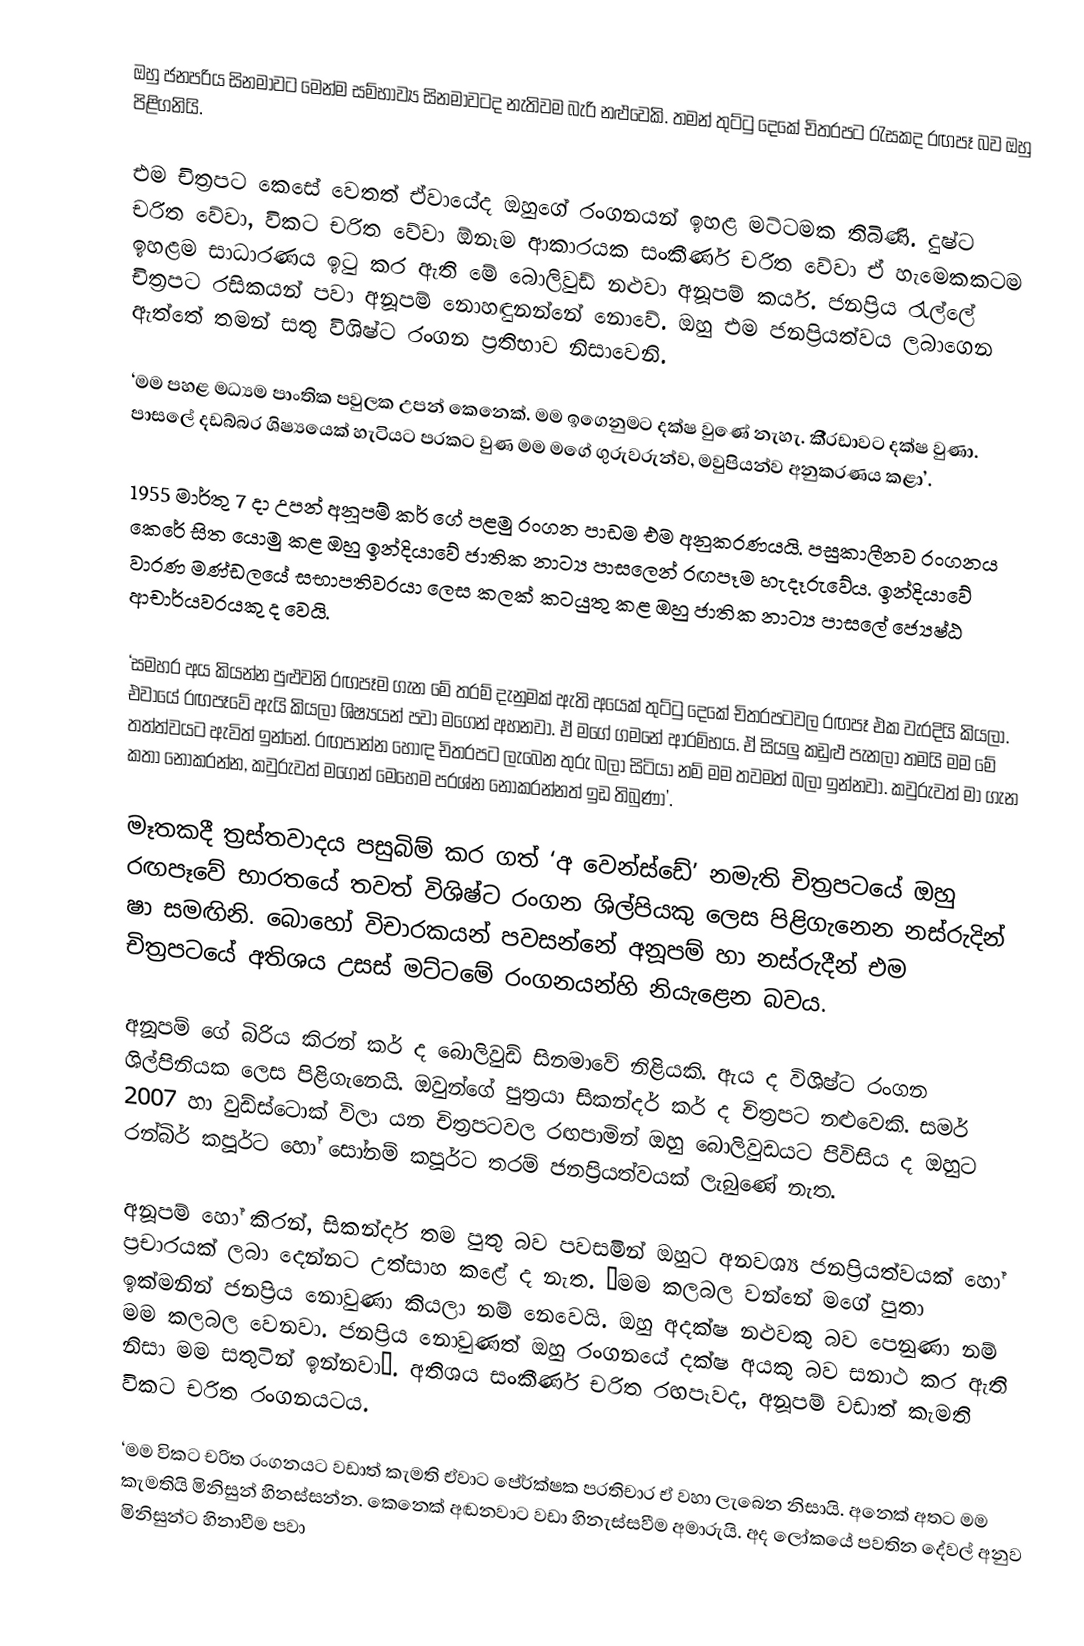
ඔහු ජනප‍්‍රිය සිනමාවට මෙන්ම සම්භාව්‍ය සිනමාවටද නැතිවම බැරි නළුවෙකි. තමන් තුට්ටු දෙකේ චිත‍්‍රපට රැසකද රඟපෑ බව ඔහු පිළිගනියි.

එම චිත‍්‍රපට කෙසේ වෙතත් ඒවායේද ඔහුගේ රංගනයන් ඉහළ මට්ටමක තිබිණි. දුෂ්ට චරිත වේවා, විකට චරිත වේවා ඕනෑම ආකාරයක සංකීර්ණ චරිත වේවා ඒ හැමෙකකටම ඉහළම සාධාරණය ඉටු කර ඇති මේ බොලිවුඩ් නළුවා අනූපම් කර්ය. ජනප‍්‍රිය රැල්ලේ චිත‍්‍රපට රසිකයන් පවා අනූපම් නොහඳුනන්නේ නොවේ. ඔහු එම ජනප‍්‍රියත්වය ලබාගෙන ඇත්තේ තමන් සතු විශිෂ්ට රංගන ප‍්‍රතිභාව නිසාවෙනි.

‘මම පහළ මධ්‍යම පාංතික පවුලක උපන් කෙනෙක්. මම ඉගෙනුමට දක්ෂ වුණේ නැහැ. කී‍්‍රඩාවට දක්ෂ වුණා. පාසලේ දඩබ්බර ශිෂ්‍යයෙක් හැටියට ප‍්‍රකට වුණ මම මගේ ගුරුවරුන්ව, මවුපියන්ව අනුකරණය කළා’.

1955 මාර්තු 7 දා උපන් අනූපම් කර් ගේ පළමු රංගන පාඩම එම අනුකරණයයි. පසුකාලීනව රංගනය කෙරේ සිත යොමු කළ ඔහු ඉන්දියාවේ ජාතික නාට්‍ය පාසලෙන් රඟපෑම හැදෑරුවේය. ඉන්දියාවේ වාරණ මණ්ඩලයේ සභාපතිවරයා ලෙස කලක් කටයුතු කළ ඔහු ජාතික නාට්‍ය පාසලේ ජ්‍යෙෂ්ඨ ආචාර්යවරයකු ද වෙයි.

‘සමහර අය කියන්න පුළුවනි රඟපෑම ගැන මේ තරම් දැනුමක් ඇති අයෙක් තුට්ටු දෙකේ චිත‍්‍රපටවල රඟපෑ එක වැරදියි කියලා. එවායේ රඟපෑවේ ඇයි කියලා ශිෂ්‍යයන් පවා මගෙන් අහනවා. ඒ මගේ ගමනේ ආරම්භය. ඒ සියලු කඩුළු පැනලා තමයි මම මේ තත්ත්වයට ඇවිත් ඉන්නේ. රඟපාන්න හොඳ චිත‍්‍රපට ලැබෙන තුරු බලා සිටියා නම් මම තවමත් බලා ඉන්නවා. කවුරුවත් මා ගැන කතා නොකරන්න, කවුරුවත් මගෙන් මෙහෙම ප‍්‍රශ්න නොකරන්නත් ඉඩ තිබුණා’.

මෑතකදී ත‍්‍රස්තවාදය පසුබිම් කර ගත් ‘අ වෙන්ස්ඩේ’ නමැති චිත‍්‍රපටයේ ඔහු රඟපෑවේ භාරතයේ තවත් විශිෂ්ට රංගන ශිල්පියකු ලෙස පිළිගැනෙන නස්රුදින් ෂා සමඟිනි. බොහෝ විචාරකයන් පවසන්නේ අනූපම් හා නස්රුදීන් එම චිත‍්‍රපටයේ අතිශය උසස් මට්ටමේ රංගනයන්හි නියැළෙන බවය.

අනූපම් ගේ බිරිය කිරන් කර් ද බොලිවුඩ් සිනමාවේ නිළියකි. ඇය ද විශිෂ්ට රංගන ශිල්පිනියක ලෙස පිළිගැනෙයි. ඔවුන්ගේ පුත‍්‍රයා සිකන්දර් කර් ද චිත‍්‍රපට නළුවෙකි. සමර් 2007 හා වුඩ්ස්ටොක් විලා යන චිත‍්‍රපටවල රඟපාමින් ඔහු බොලිවුඩයට පිවිසිය ද ඔහුට රන්බිර් කපූර්ට හෝ සෝනම් කපූර්ට තරම් ජනප‍්‍රියත්වයක් ලැබුණේ නැත.

අනූපම් හෝ කිරන්, සිකන්දර් තම පුතු බව පවසමින් ඔහුට අනවශ්‍ය ජනප‍්‍රියත්වයක් හෝ ප‍්‍රචාරයක් ලබා දෙන්නට උත්සාහ කළේ ද නැත. ‘මම කලබල වන්නේ මගේ පුතා ඉක්මනින් ජනප‍්‍රිය නොවුණා කියලා නම් නෙවෙයි. ඔහු අදක්ෂ නළුවකු බව පෙනුණා නම් මම කලබල වෙනවා. ජනප‍්‍රිය නොවුණත් ඔහු රංගනයේ දක්ෂ අයකු බව සනාථ කර ඇති නිසා මම සතුටින් ඉන්නවා’. අතිශය සංකීර්ණ චරිත රඟපෑවද, අනූපම් වඩාත් කැමති විකට චරිත රංගනයටය.

‘මම විකට චරිත රංගනයට වඩාත් කැමති ඒවාට පෙ‍්‍ර්ක්ෂක ප‍්‍රතිචාර ඒ වහා ලැබෙන නිසායි. අනෙක් අතට මම කැමතියි මිනිසුන් හිනස්සන්න. කෙනෙක් අඬනවාට වඩා හිනැස්සවීම අමාරුයි. අද ලෝකයේ පවතින දේවල් අනුව මිනිසුන්ට හිනාවීම පවා